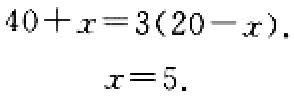
\[
\begin{align*}
40 + x&=3(20 - x)\\
x&=5.
\end{align*}
\]